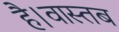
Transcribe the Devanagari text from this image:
है।वास्तब